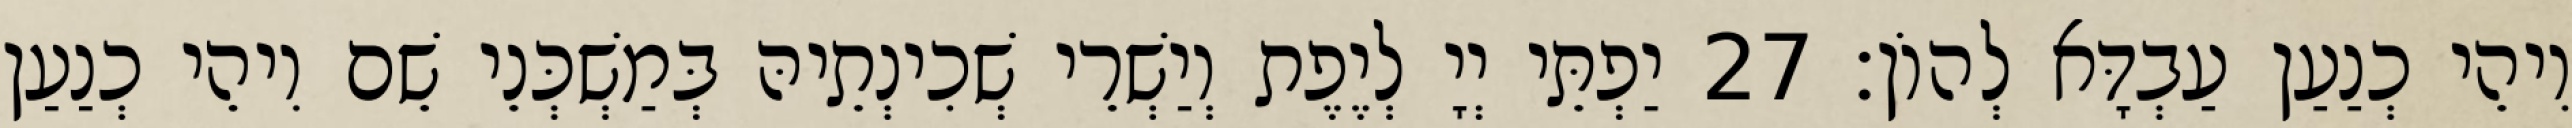
וִיהֵי כְנַעַן עַבְדָּא לְהוֹן׃ 27 יַפְתֵּי יְיָ לְיֶפֶת וְיַשְׁרֵי שְׁכִינְתֵיהּ בְּמַשְׁכְּנֵי שֵׁם וִיהֵי כְנַעַן